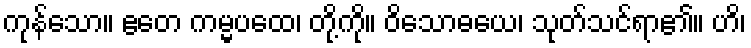
ကုန်သော။ ဧတေ ကမ္မပထေ၊ တို့ကို။ ဝိသောဓယေ၊ သုတ်သင်ရာ၏။ ဟိ၊